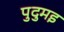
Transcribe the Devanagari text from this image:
पुदुमइ